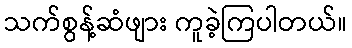
သက်စွန့်ဆံဖျား ကူခဲ့ကြပါတယ်။